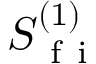
S _ { \mathrm { ~ f ~ i ~ } } ^ { ( 1 ) }